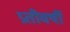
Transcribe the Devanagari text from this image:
प्रतीवर्षी